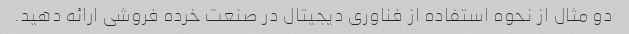
دو مثال از نحوه استفاده از فناوری دیجیتال در صنعت خرده فروشی ارائه دهید.